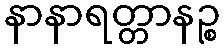
နာနာရတ္တာနဉ္စ